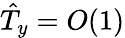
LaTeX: \hat{T}_{y}=O(1)